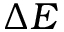
\Delta E